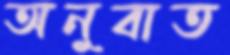
অনুবাত